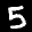
Label: 5